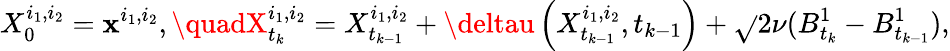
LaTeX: X_{0}^{i_{1},i_{2}}=\mathbf{x}^{i_{1},i_{2}},\quadX_{t_{k}}^{i_{1},i_{2}}=X_{t_{k-1}}^{i_{1},i_{2}}+\deltau\left(X_{t_{k-1}}^{i_{1},i_{2}},t_{k-1}\right)+\sqrt{}{{2\nu}}(B_{t_{k}}^{1}-B_{t_{k-1}}^{1}),